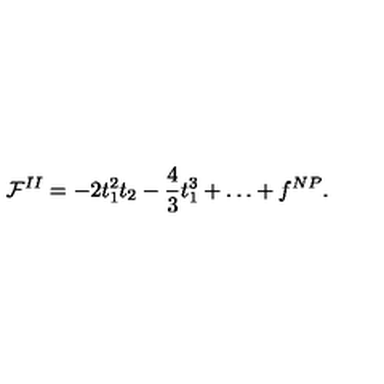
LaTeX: { \cal F } ^ { I I } = - 2 t _ { 1 } ^ { 2 } t _ { 2 } - \frac { 4 } { 3 } t _ { 1 } ^ { 3 } + \dots + f ^ { N P } .